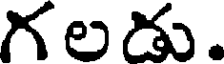
గలడు.